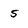
Character: 5